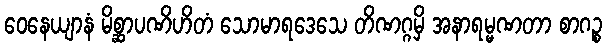
ဝေနေယျာနံ မိစ္ဆာပဏိဟိတံ သောမာရဒေသေ တိဏဂ္ဂမှိ အနာရမ္မဏတာ စာဂဉ္စ